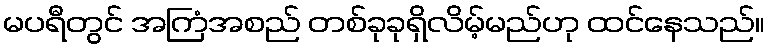
မပရီတွင် အကြံအစည် တစ်ခုခုရှိလိမ့်မည်ဟု ထင်နေသည်။